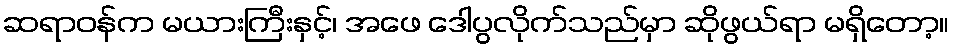
ဆရာဝန်က မယားကြီးနှင့်၊ အဖေ ဒေါပွလိုက်သည်မှာ ဆိုဖွယ်ရာ မရှိတော့။